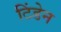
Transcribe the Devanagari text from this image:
टिंडेन